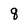
Character: q